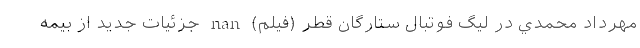
مهرداد محمدي در ليگ فوتبال ستارگان قطر (فیلم) nan جزئیات جدید از بیمه